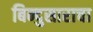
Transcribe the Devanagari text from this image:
बिन्दुसाराचा